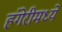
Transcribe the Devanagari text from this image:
हंगेरीमध्ये